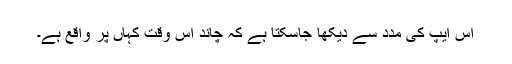
اس ایپ کی مدد سے دیکھا جاسکتا ہے کہ چاند اس وقت کہاں پر واقع ہے۔